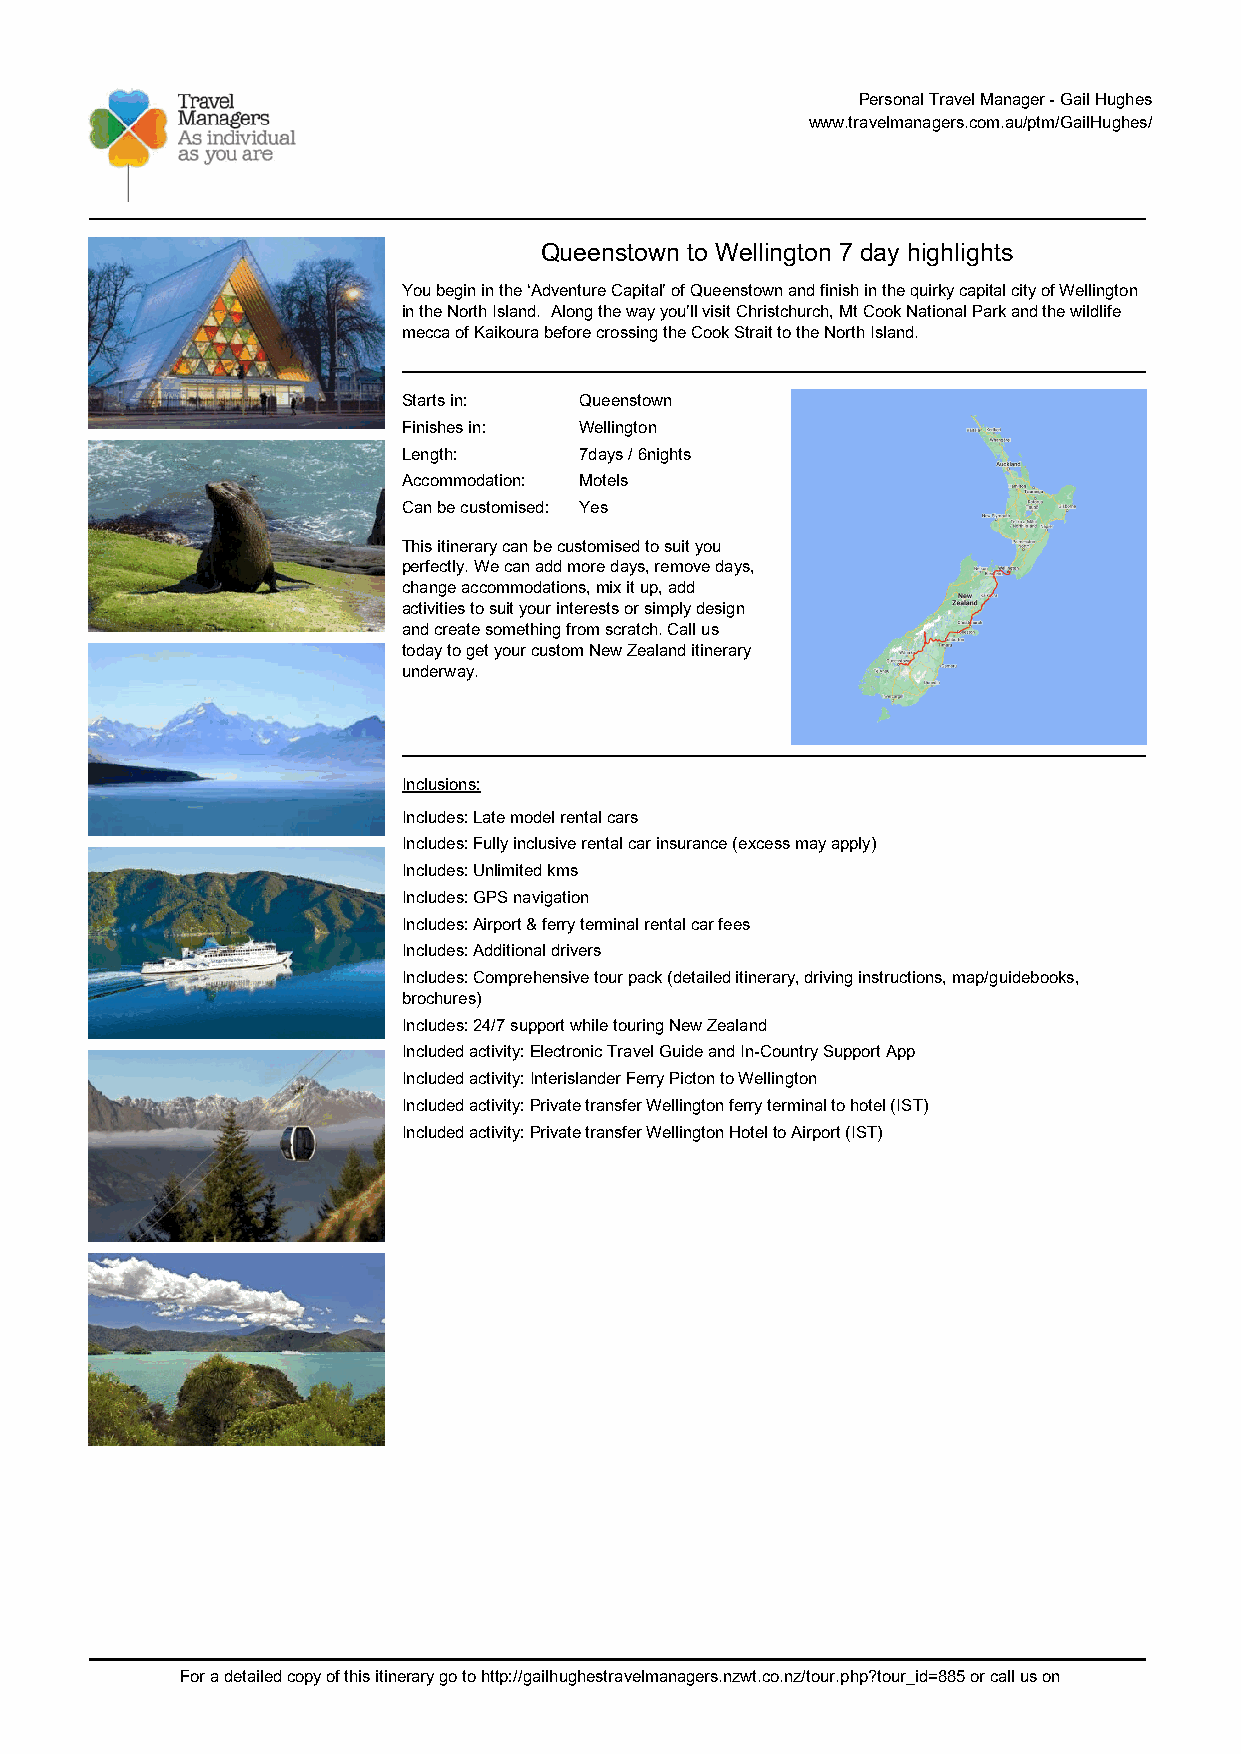
Personal Travel Manager - Gail Hughes
 www.travelmanagers.com.au/ptm/GailHughes/
 Queenstown to Wellington 7 day highlights
 You begin in the ‘Adventure Capital’ of Queenstown and finish in the quirky capital city of Wellington
 in the North Island. Along the way you’ll visit Christchurch, Mt Cook National Park and the wildlife
 mecca of Kaikoura before crossing the Cook Strait to the North Island.
 Starts in: Queenstown
 Finishes in: Wellington
 Length:    7days / 6nights
 Accommodation: Motels
 Can be customised: Yes
 This itinerary can be customised to suit you
 perfectly. We can add more days, remove days,
 change accommodations, mix it up, add
 activities to suit your interests or simply design
 and create something from scratch. Call us
 today to get your custom New Zealand itinerary
 underway.
 Inclusions:
 Includes: Late model rental cars
 Includes: Fully inclusive rental car insurance (excess may apply)
 Includes: Unlimited kms
 Includes: GPS navigation
 Includes: Airport & ferry terminal rental car fees
 Includes: Additional drivers
 Includes: Comprehensive tour pack (detailed itinerary, driving instructions, map/guidebooks,
 brochures)
 Includes: 24/7 support while touring New Zealand
 Included activity: Electronic Travel Guide and In-Country Support App
 Included activity: Interislander Ferry Picton to Wellington
 Included activity: Private transfer Wellington ferry terminal to hotel (IST)
 Included activity: Private transfer Wellington Hotel to Airport (IST)
 For a detailed copy of this itinerary go to http://gailhughestravelmanagers.nzwt.co.nz/tour.php?tour_id=885 or call us on